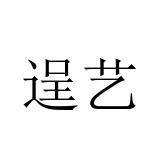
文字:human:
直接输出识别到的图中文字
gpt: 逞艺